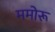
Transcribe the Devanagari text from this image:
ममोरू